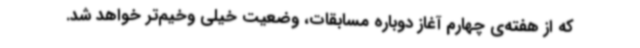
که از هفته‌ی چهارم آغاز دوباره مسابقات، وضعیت خیلی وخیم‌تر خواهد شد.